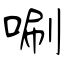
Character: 唰